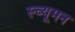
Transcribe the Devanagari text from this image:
स्च्यूमन